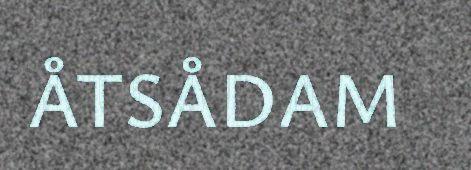
ÅTSÅDAM